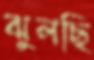
ঝুলছি